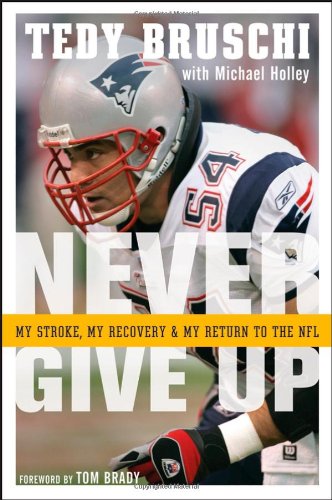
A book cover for Never Give Up: My Stroke, My Recovery & My Return to the NFL; Tedy Bruschi; Health, Fitness & Dieting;